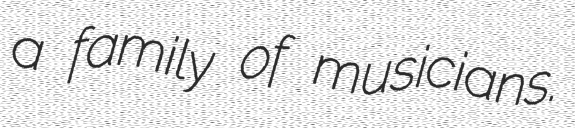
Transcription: a family of musicians.